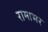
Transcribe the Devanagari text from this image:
रामाभर